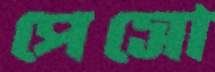
পেসো